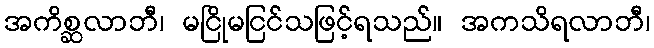
အကိစ္ဆလာဘီ၊ မငြိုမငြင်သဖြင့်ရသည်။ အကသိရလာဘီ၊